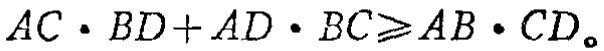
\(AC\cdot BD + AD\cdot BC\geqslant AB\cdot CD\)